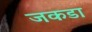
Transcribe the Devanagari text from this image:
जकडा